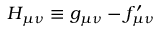
H _ { \mu \nu } \equiv g _ { \mu \nu } - f _ { \mu \nu } ^ { \prime }